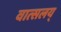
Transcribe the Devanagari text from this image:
वात्सलय्